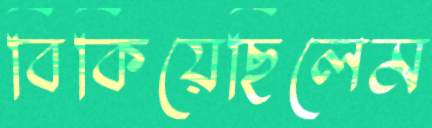
বিকিয়েছিলেম